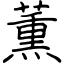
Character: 薫